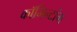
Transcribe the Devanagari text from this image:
कॉमिन्टांग